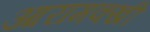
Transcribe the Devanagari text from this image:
आरामक्खी